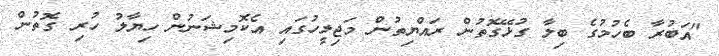
"އަބުރާ ބެހުމުގެ ބިލާ ގުޅޭގޮތުން ރައްޔިތުން މަޖިލީހުގައި އެކޮމިޝަނުން ހިޔާލު ހުރި ގޮތުން